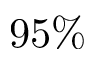
9 5 \%